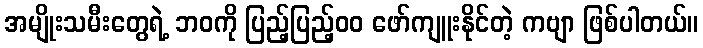
အမျိုးသမီးတွေရဲ့ ဘဝကို ပြည့်ပြည့်၀၀ ဖော်ကျူးနိုင်တဲ့ ကဗျာ ဖြစ်ပါတယ်။